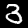
Digit: 3